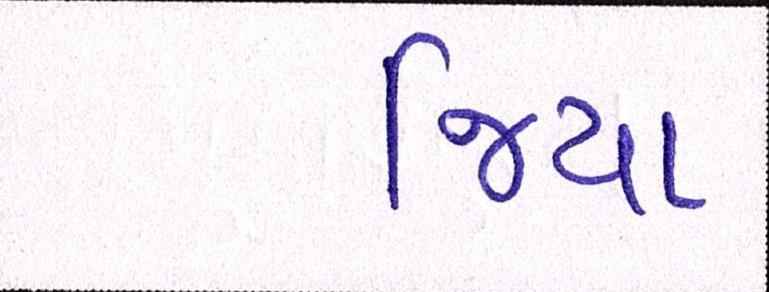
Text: જિયા